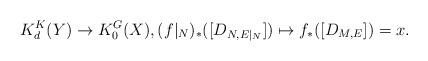
LaTeX: \begin{align*}K_d^K(Y)\rightarrow K_0^G(X), (f|_N)_*([D_{N, E|_{N}}])\mapsto f_*([D_{M, E}])=x.\end{align*}